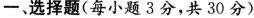
一、选择题(每小题3分，共30分)